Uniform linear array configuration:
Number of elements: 64
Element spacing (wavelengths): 0.25
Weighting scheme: hamming
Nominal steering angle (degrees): -30
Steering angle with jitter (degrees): -31.549
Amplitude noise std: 0.05
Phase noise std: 0.05

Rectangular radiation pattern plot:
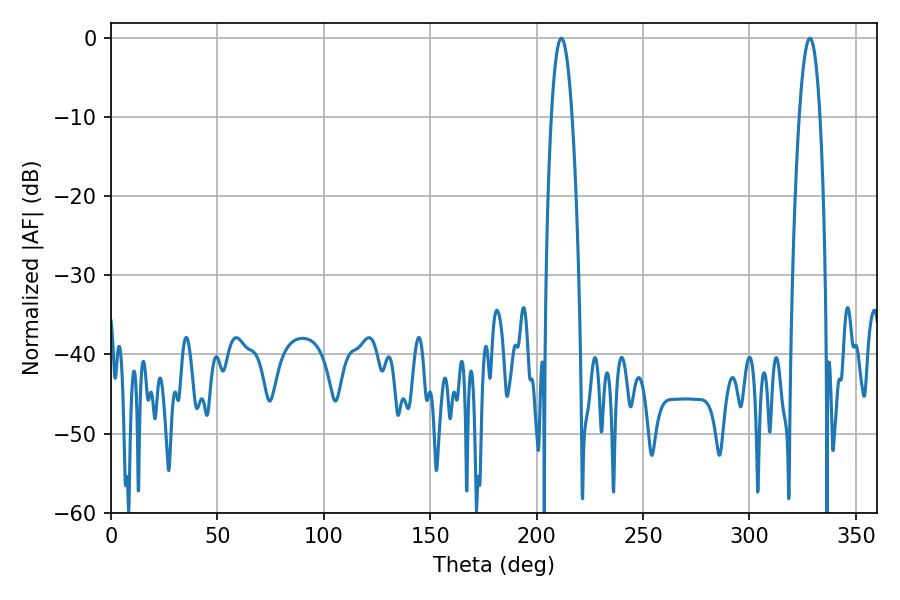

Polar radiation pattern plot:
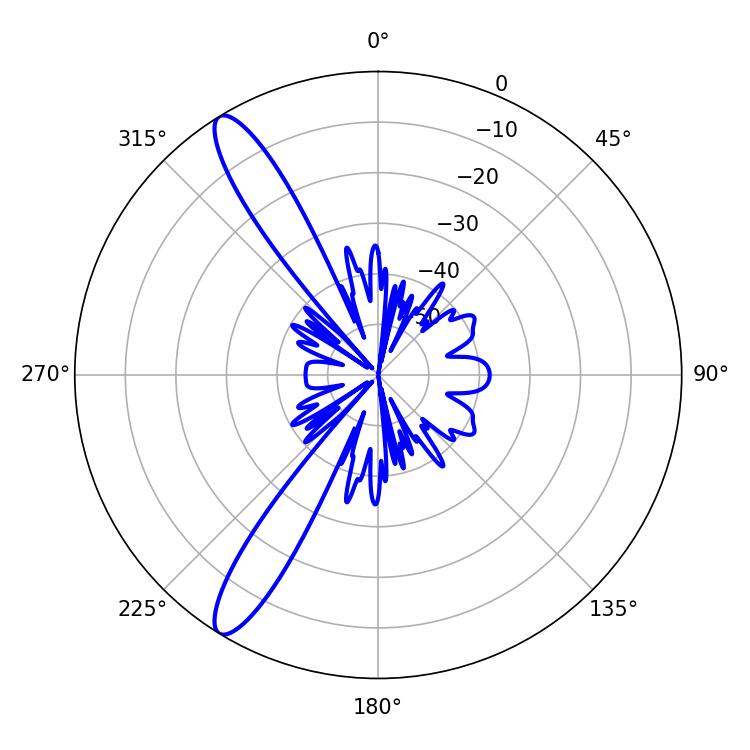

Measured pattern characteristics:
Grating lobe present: FALSE
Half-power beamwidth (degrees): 5.4
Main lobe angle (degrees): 328.32